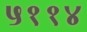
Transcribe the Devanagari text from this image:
५११४